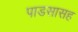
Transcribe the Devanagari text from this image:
पाडसासह